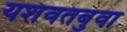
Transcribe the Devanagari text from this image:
यशंवतबुवा